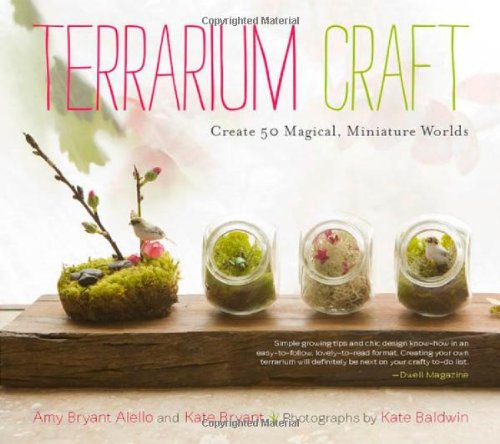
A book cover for Terrarium Craft: Create 50 Magical, Miniature Worlds; Amy Bryant Aiello; Crafts, Hobbies & Home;